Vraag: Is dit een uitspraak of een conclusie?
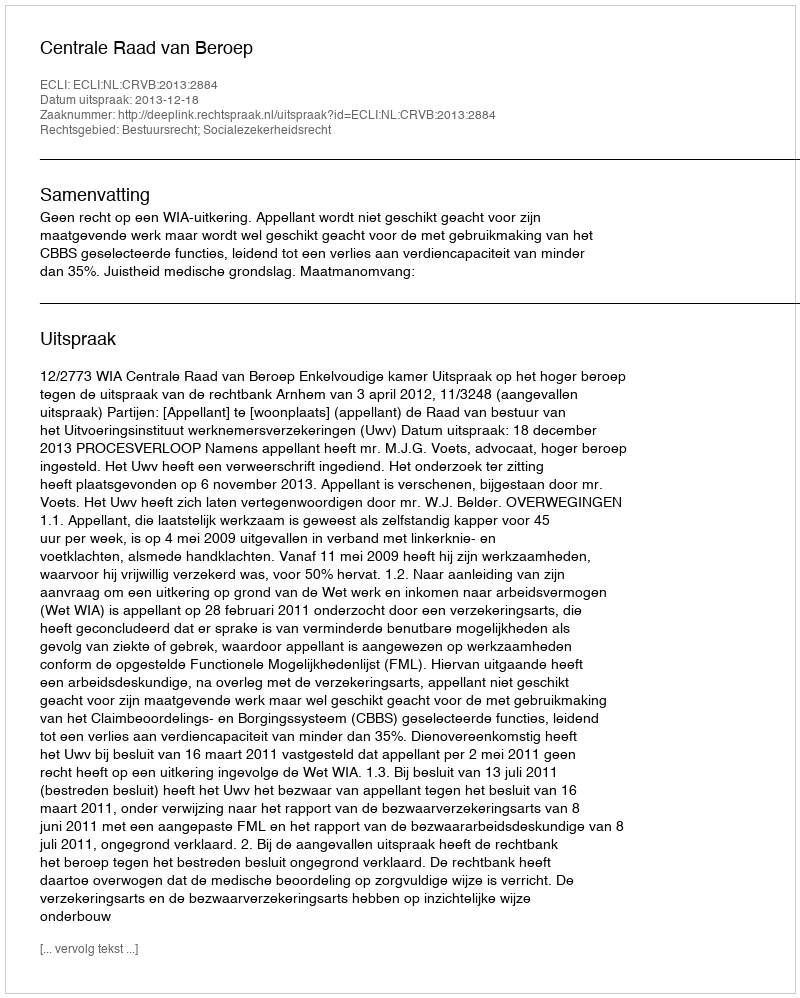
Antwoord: Uitspraak